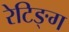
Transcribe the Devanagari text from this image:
रेटिङ्ग